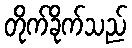
တိုက်ခိုက်သည်